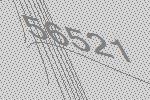
56521